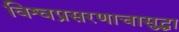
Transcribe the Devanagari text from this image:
विश्वप्रसरणाचासुद्धा